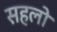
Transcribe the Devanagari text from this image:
सहलो